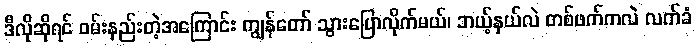
ဒီလိုဆိုရင် ဝမ်းနည်းတဲ့အကြောင်း ကျွန်တော် သွားပြောလိုက်မယ်၊ ဘယ့်နှယ်လဲ တစ်ဖက်ကလဲ လက်ခံ